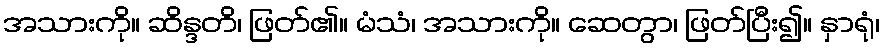
အသားကို။ ဆိန္ဒတိ၊ ဖြတ်၏။ မံသံ၊ အသားကို။ ဆေတွာ၊ ဖြတ်ပြီး၍။ နှာရုံ၊